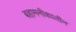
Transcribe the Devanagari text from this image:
बहामनीकालीन